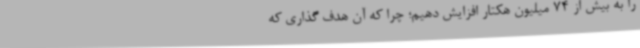
را به بیش از 74 میلیون هکتار افزایش دهیم؛ چرا که آن هدف گذاری که